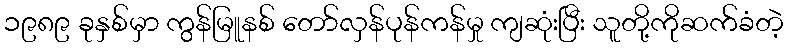
၁၉၈၉ ခုနှစ်မှာ ကွန်မြူနစ် တော်လှန်ပုန်ကန်မှု ကျဆုံးပြီး သူတို့ကိုဆက်ခံတဲ့